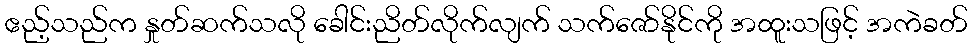
ဧည့်သည်က နှုတ်ဆက်သလို ခေါင်းညိတ်လိုက်လျက် သက်ဇော်နိုင်ကို အထူးသဖြင့် အကဲခတ်